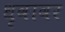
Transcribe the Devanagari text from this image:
धृवावर